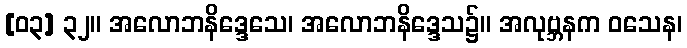
[၀၃] ၃၂။ အလောဘနိဒ္ဒေသေ၊ အလောဘနိဒ္ဒေသ၌။ အလုဗ္ဘနက ဝသေန၊